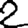
Digit: 2